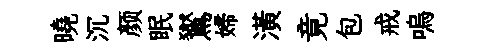
曉沉颜眠鸑婦潢竟包戒嗚